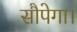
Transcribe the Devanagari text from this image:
सौपेगा।